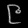
Digit: ၉